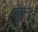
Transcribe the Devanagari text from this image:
लुबान्टुन